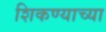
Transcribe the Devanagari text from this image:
शिकण्याच्‍या